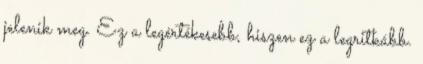
jelenik meg. Ez a legértékesebb, hiszen ez a legritkább.